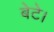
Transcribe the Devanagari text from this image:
बेटे।